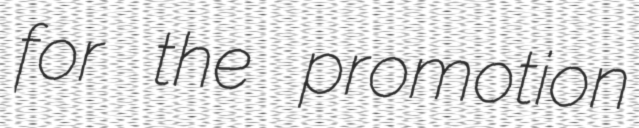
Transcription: for the promotion